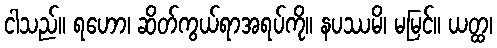
ငါသည်။ ရဟော၊ ဆိတ်ကွယ်ရာအရပ်ကို။ နပဿမိ၊ မမြင်။ ယတ္ထ၊